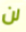
لن